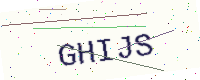
Text: GHIJS